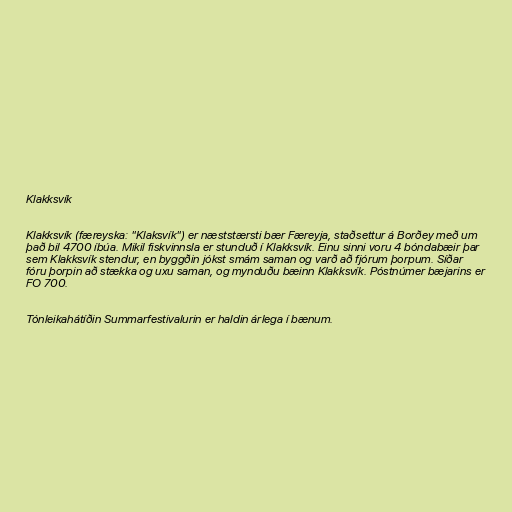
Klakksvík

Klakksvík (færeyska: "Klaksvík") er næststærsti bær Færeyja, staðsettur á Borðey með um
það bil 4700 íbúa. Mikil fiskvinnsla er stunduð í Klakksvík. Einu sinni voru 4 bóndabæir þar
sem Klakksvík stendur, en byggðin jókst smám saman og varð að fjórum þorpum. Síðar
fóru þorpin að stækka og uxu saman, og mynduðu bæinn Klakksvík. Póstnúmer bæjarins er
FO 700.

Tónleikahátíðin Summarfestivalurin er haldin árlega í bænum.